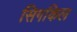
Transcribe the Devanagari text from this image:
सिगकिल